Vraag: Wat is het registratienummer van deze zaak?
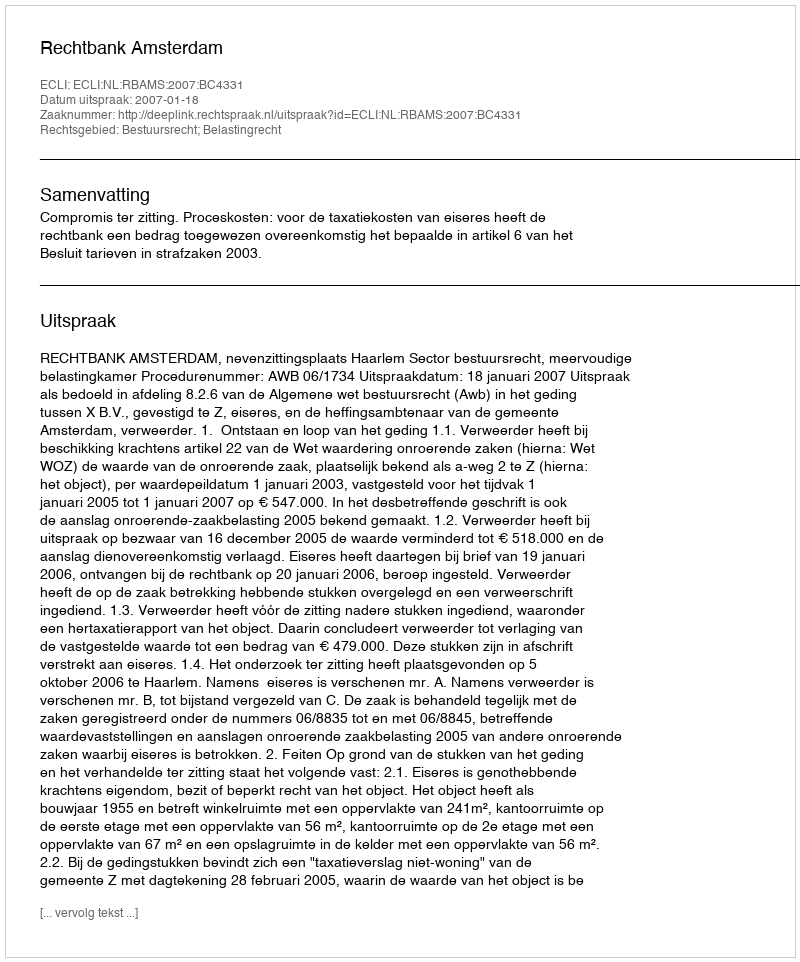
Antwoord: http://deeplink.rechtspraak.nl/uitspraak?id=ECLI:NL:RBAMS:2007:BC4331